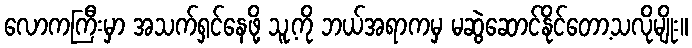
လောကကြီးမှာ အသက်ရှင်နေဖို့ သူ့ကို ဘယ်အရာကမှ မဆွဲဆောင်နိုင်တော့သလိုမျိုး။